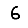
Digit: 6